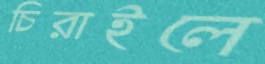
চিরাইলে